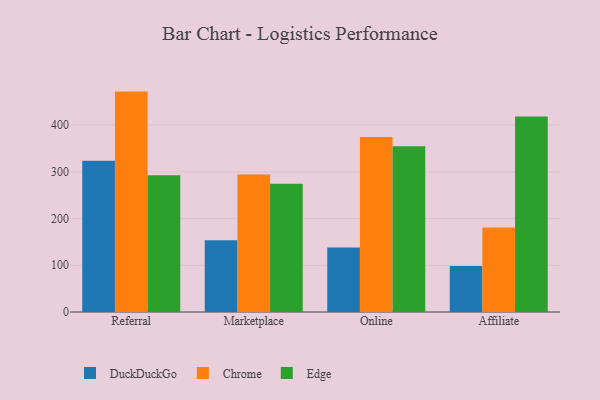
{"axis": {"x": "Channel", "y": "Gross Profit (USD K)"}, "legend": ["Chrome", "DuckDuckGo", "Edge"], "data": [{"x": "Referral", "y": 323.9, "type": "DuckDuckGo"}, {"x": "Referral", "y": 471.8, "type": "Chrome"}, {"x": "Referral", "y": 292.5, "type": "Edge"}, {"x": "Marketplace", "y": 153.7, "type": "DuckDuckGo"}, {"x": "Marketplace", "y": 294.1, "type": "Chrome"}, {"x": "Marketplace", "y": 274.8, "type": "Edge"}, {"x": "Online", "y": 138.0, "type": "DuckDuckGo"}, {"x": "Online", "y": 374.5, "type": "Chrome"}, {"x": "Online", "y": 354.8, "type": "Edge"}, {"x": "Affiliate", "y": 98.7, "type": "DuckDuckGo"}, {"x": "Affiliate", "y": 180.7, "type": "Chrome"}, {"x": "Affiliate", "y": 418.3, "type": "Edge"}]}